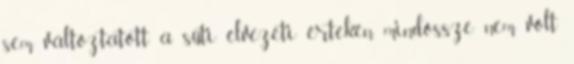
sem változtatott a süti élvezeti értékén, mindössze nem volt